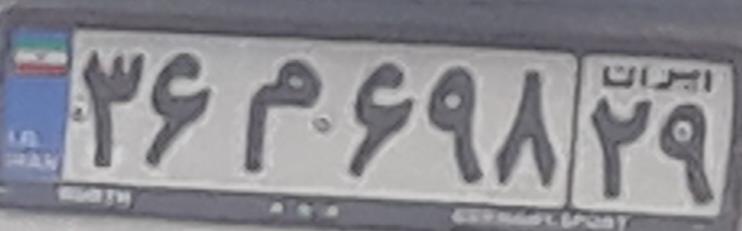
۳۶م۶۹۸۲۹